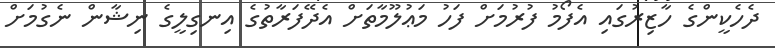
ދެހެކީންގެ ހާޒިރުގައި އެފޯމު ފުރުމަށް ފަހު މަޢުލޫމާތަށް އެދޭފަރާތުގެ އިނގިލީގެ ނިޝާން ނެގުމަށް